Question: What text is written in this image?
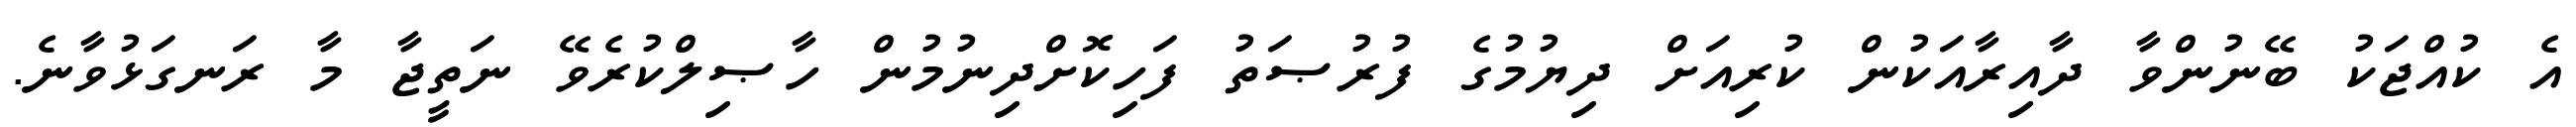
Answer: އެ ކުއްޖަކު ބޭނުންވާ ދާއިރާއަކުން ކުރިއަށް ދިޔުމުގެ ފުރުޞަތު ފަހިކޮށްދިނުމުން ހާޞިލްކުރެވޭ ނަތީޖާ މާ ރަނގަޅުވާނެ.